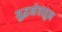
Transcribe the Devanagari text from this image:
युद्धक्षेत्रातुन